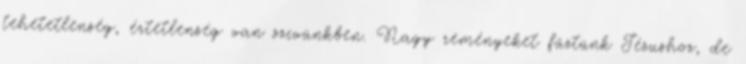
tehetetlenség, értetlenség van szívünkben. Nagy reményeket fűztünk Jézushoz, de